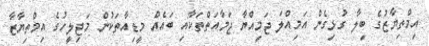
އިމްތިޔާޒުގެ ބިލާ ގުޅިގެން އަމިއްލަ ޖަމިއްޔާ ޖަމާއަތްތަކާއި ބައެއް މީޑިއާތަކުން މަޖިލީހުގެ އިމްތިޔާޒާ